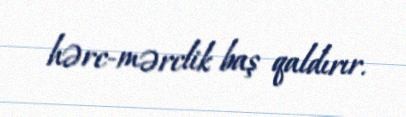
hərc-mərclik baş qaldırır.